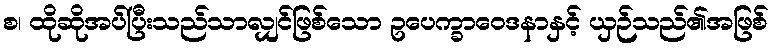
စ၊ ထိုဆိုအပ်ပြီးသည်သာလျှင်ဖြစ်သော ဥပေက္ခာဝေဒနာနှင့် ယှဉ်သည်၏အဖြစ်